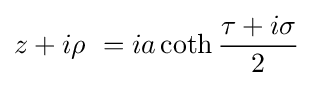
z+i\rho \ =ia\coth {\frac {\tau +i\sigma }{2}}